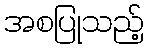
အစပြုသည့်